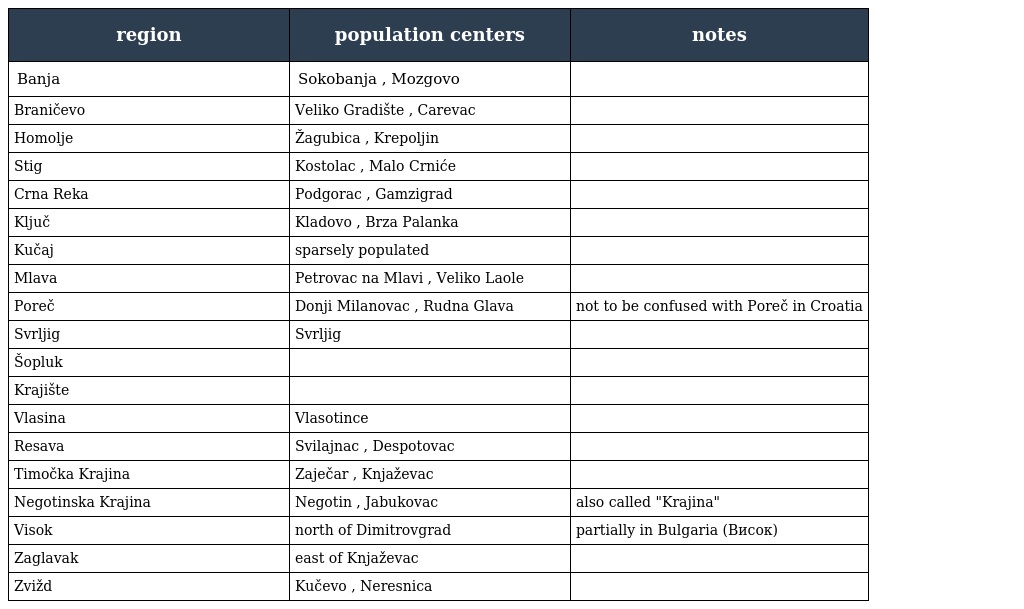
| region | population centers | notes |
 | --- | --- | --- |
 | Banja | Sokobanja , Mozgovo |  |
 | Braničevo | Veliko Gradište , Carevac |  |
 | Homolje | Žagubica , Krepoljin |  |
 | Stig | Kostolac , Malo Crniće |  |
 | Crna Reka | Podgorac , Gamzigrad |  |
 | Ključ | Kladovo , Brza Palanka |  |
 | Kučaj | sparsely populated |  |
 | Mlava | Petrovac na Mlavi , Veliko Laole |  |
 | Poreč | Donji Milanovac , Rudna Glava | not to be confused with Poreč in Croatia |
 | Svrljig | Svrljig |  |
 | Šopluk |  |  |
 | Krajište |  |  |
 | Vlasina | Vlasotince |  |
 | Resava | Svilajnac , Despotovac |  |
 | Timočka Krajina | Zaječar , Knjaževac |  |
 | Negotinska Krajina | Negotin , Jabukovac | also called "Krajina" |
 | Visok | north of Dimitrovgrad | partially in Bulgaria (Висок) |
 | Zaglavak | east of Knjaževac |  |
 | Zvižd | Kučevo , Neresnica |  |